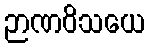
ဉာဏဝိသယေ